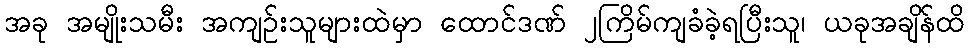
အခု အမျိုးသမီး အကျဉ်းသူများထဲမှာ ထောင်ဒဏ် ၂ကြိမ်ကျခံခဲ့ရပြီးသူ၊ ယခုအချိန်ထိ